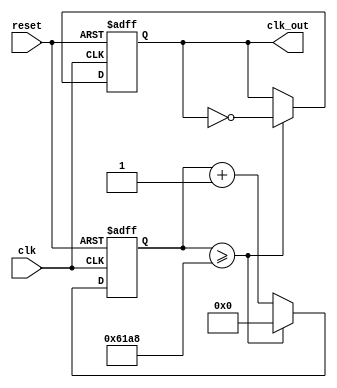
`timescale 1ns / 1ps
/***********************************************************************
 *
 * Partner:  Victor Espinoza
 * Version:  1.0
 *
 * Notes:    Divide 50MHz on-board clock to 250Hz. This is done so that
 *           it appears to the human observer that all four anode signals
 *           are on even when in reality they are not. This is done by
 *           driving the cathode patterns at least once every 16ms,
 *           which comes out to 4ms per annode/cathode pattern.          
 *
 **********************************************************************/
module led_clk(clk, reset, clk_out);
   //inputs
   input      clk, reset;
   
   //outputs
   output reg clk_out;
   
   //counter variable
   reg [15:0] count;
  
   always @(posedge clk, posedge reset) begin
      //if reset then reset count and clock
      if(reset) begin
         count <= 16'b0;
         clk_out <= 1'b0;
      end else 
      if(count >= 25000) begin
            count <= 16'b0;
            //set output clock to opposite if count is greater than or equal 
				//to 25000
            clk_out <= ~clk_out;
      end else begin
         //increment count
         count <= (count + 1);
      end     
     end

endmodule